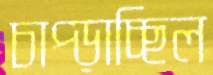
চাপ্‌ড়াচ্ছিল